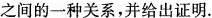
之间的一种关系，并给出证明.